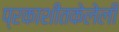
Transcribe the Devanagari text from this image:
प्रकाशीतकेलेली